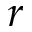
r